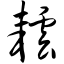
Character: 耘